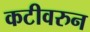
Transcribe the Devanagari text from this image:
कटीवरुन